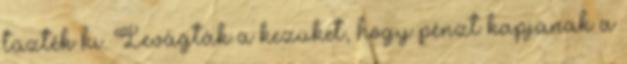
tűzték ki. Levágták a kezüket, hogy pénzt kapjanak a